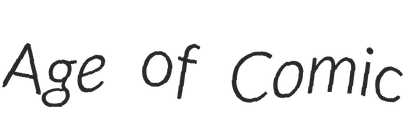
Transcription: Age of Comic